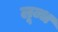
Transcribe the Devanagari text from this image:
लूब्ध